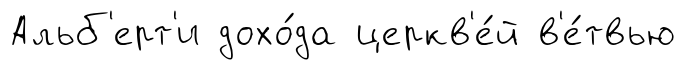
Альб'ерт'и дохо́да церкв'е́й в'е́твью